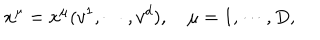
x ^ { \mu } = x ^ { \mu } ( v ^ { 1 } , \cdots , v ^ { d } ) , \quad \mu = 1 , \cdots , D ,